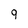
Character: 9